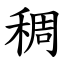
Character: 稠